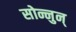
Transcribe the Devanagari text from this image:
सोन्नुन्